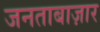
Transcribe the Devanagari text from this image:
जनताबाज़ार